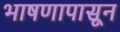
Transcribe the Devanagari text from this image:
भाषणापासून